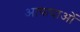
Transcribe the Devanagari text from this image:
आपादाओं